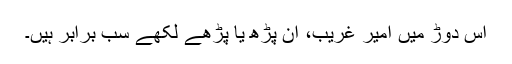
اس دوڑ میں امیر غریب، اَن پڑھ یا پڑھے لکھے سب برابر ہیں۔